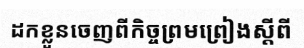
ដកខ្លួនចេញពីកិច្ចព្រមព្រៀងស្តីពី